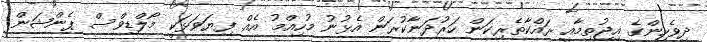
ދިވެހިންގެ އިޖުތިމާއީ ރައްކާތެރިކަން ހަރުދަނާކުރަން އެޅުނު މުހިއްމު އެއް ފިޔަވަޅަކީ މޯލްޑިވްސް ޕެންޝަން